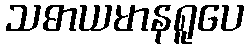
သဓာယမာနရူပေ